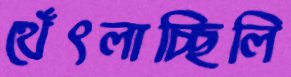
থেঁৎলাচ্ছিলি